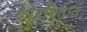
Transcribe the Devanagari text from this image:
फोडवितात